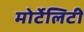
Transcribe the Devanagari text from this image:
मोर्टेलिटी